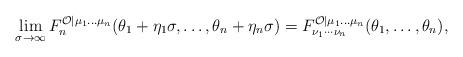
LaTeX: \begin{align*}\lim_{\sigma \rightarrow \infty }F_{n}^{\mathcal{O}|\mu _{1}\ldots \mu_{n}}(\theta _{1}+\eta _{1}\sigma ,\ldots ,\theta _{n}+\eta _{n}\sigma)=F_{\nu _{1}\cdots \nu _{n}}^{\mathcal{O}|\mu _{1}\ldots \mu _{n}}(\theta_{1},\ldots ,\theta _{n}), \end{align*}